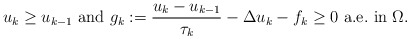
\begin{align*} u_k \geq u_{k-1} \mbox{ and } g_k := \dfrac{u_k - u_{k-1}}{\tau_k} - \Delta u_k - f_k \geq 0 \mbox{ a.e.~in } \Omega. \end{align*}